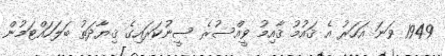
1949 ވަނަ އަހަރު އެ ޤައުމު ޤާއިމު ވީއްސުރެ ސީނުކަރައިގެ ޤިޔާދަތު ބަލަހައްޓަމުން